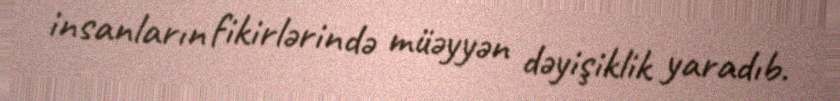
insanların fikirlərində müəyyən dəyişiklik yaradıb.